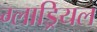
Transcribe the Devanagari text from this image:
ग्लाड्रियल